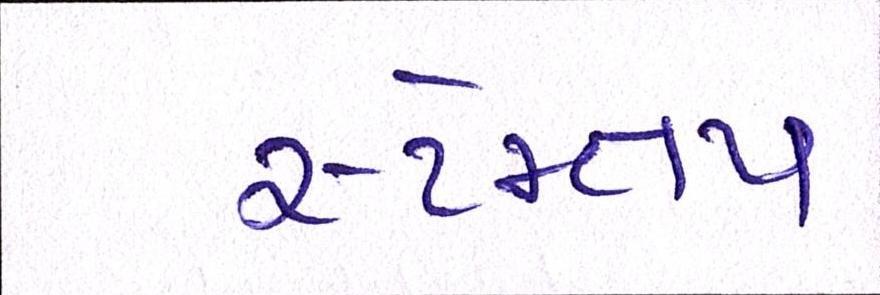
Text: સ્ટેમ્તપ